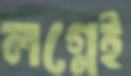
লগ্নেই